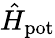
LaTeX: \hat{H}_{\mathrm{pot}}